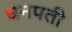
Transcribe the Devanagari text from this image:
धनपती